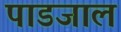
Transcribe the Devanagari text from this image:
पाडजाल